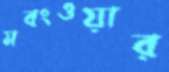
মবংওয়ার